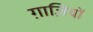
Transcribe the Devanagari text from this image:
ग़ाज़ियों